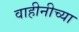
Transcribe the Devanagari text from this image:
वाहीनीच्या